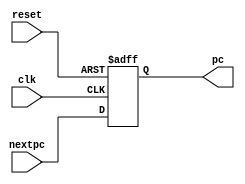
module flopr(clk,reset,nextpc,pc);
input clk,reset;
input[31:0] nextpc;
output reg[31:0] pc;
always @(posedge clk or posedge reset)
begin
	if(reset) pc<=32'd0;
	else pc<=nextpc;
end
endmodule